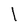
Character: l